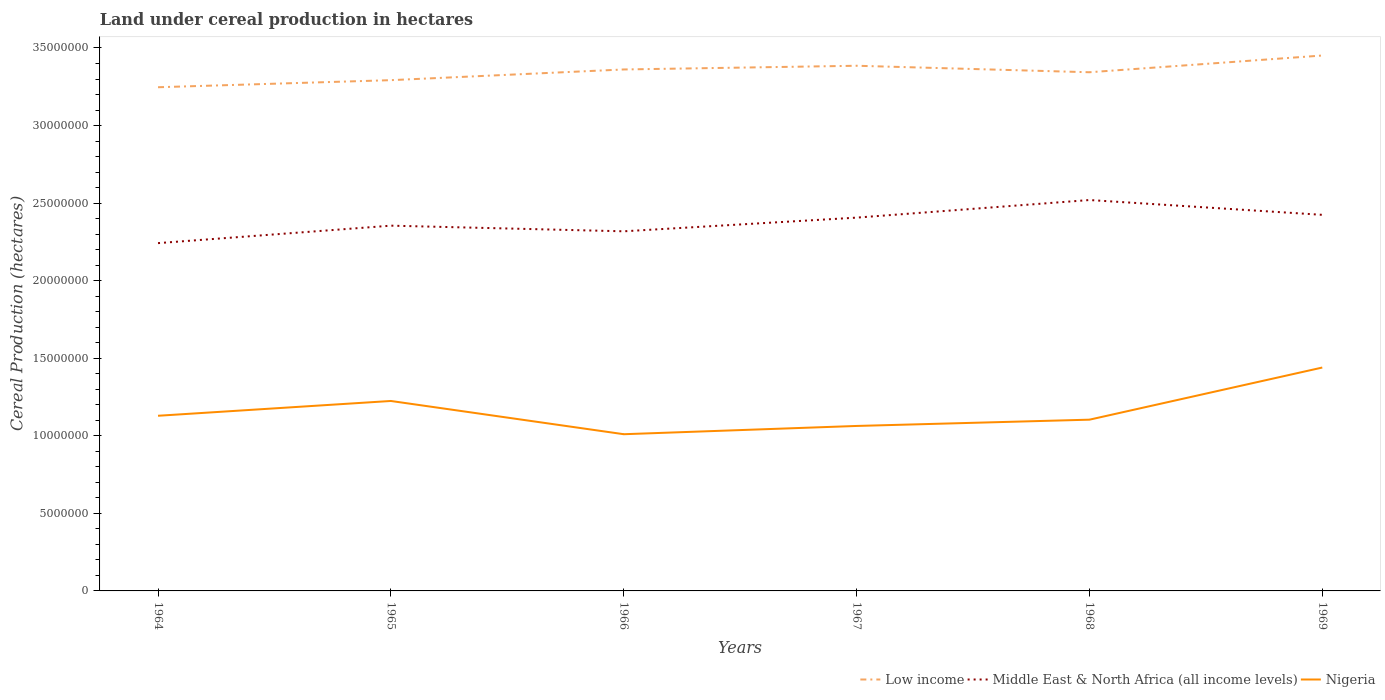
| Years | Low income | Middle East & North Africa (all income levels) | Nigeria |
 | --- | --- | --- | --- |
 | 1964 | 3.25e+07 | 2.24e+07 | 1.13e+07 |
 | 1965 | 3.29e+07 | 2.35e+07 | 1.22e+07 |
 | 1966 | 3.36e+07 | 2.32e+07 | 1.01e+07 |
 | 1967 | 3.39e+07 | 2.41e+07 | 1.06e+07 |
 | 1968 | 3.34e+07 | 2.52e+07 | 1.1e+07 |
 | 1969 | 3.45e+07 | 2.42e+07 | 1.44e+07 |